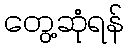
တွေ့ဆုံရန်